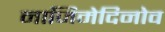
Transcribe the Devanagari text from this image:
नाजिमेदिनोव